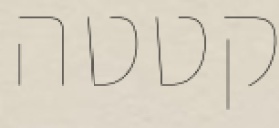
קטטה